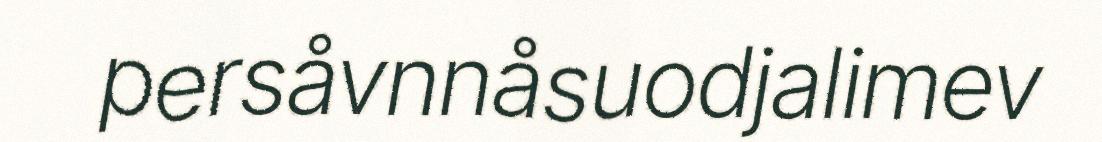
persåvnnåsuodjalimev